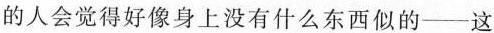
的人会觉得好像身上没有什么东西似的——这